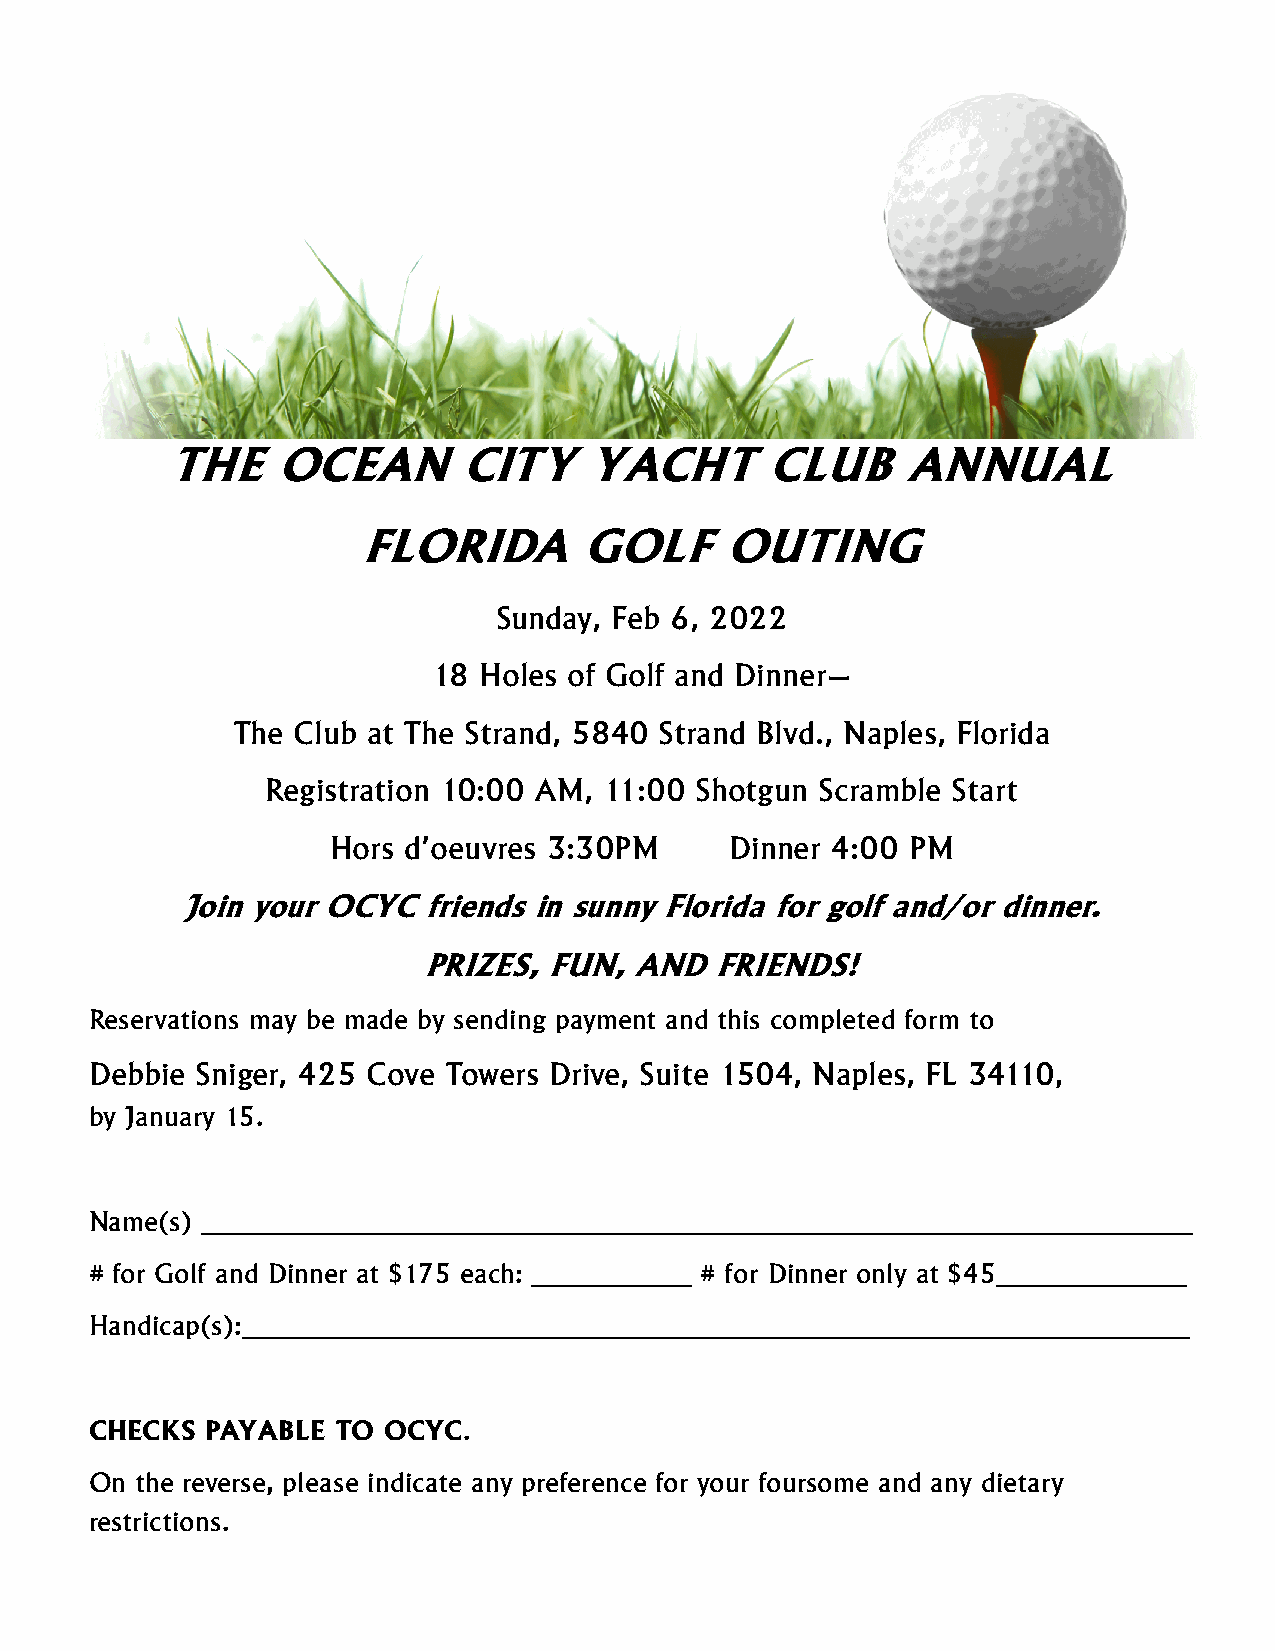
THE    OCEAN       CITY     YACHT       CLUB     ANNUAL
 FLORIDA       GOLF      OUTING
 Sunday, Feb 6, 2022
 18 Holes of Golf and Dinner—
 The Club at The Strand, 5840 Strand Blvd., Naples, Florida
 Registration 10:00 AM, 11:00 Shotgun Scramble Start
 Hors d’oeuvres 3:30PM     Dinner 4:00 PM
 Join your OCYC  friends in sunny Florida for golf and/or dinner.
 PRIZES, FUN,  AND  FRIENDS!
 Reservations may be made by sending payment and this completed form to
 Debbie Sniger, 425 Cove Towers Drive, Suite 1504, Naples, FL 34110,
 by January 15.
 Name(s) ____________________________________________________________________
 # for Golf and Dinner at $175 each: ___________ # for Dinner only at $45_____________
 Handicap(s):_________________________________________________________________
 CHECKS  PAYABLE TO OCYC.
 On the reverse, please indicate any preference for your foursome and any dietary
 restrictions.